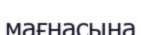
мағнасына